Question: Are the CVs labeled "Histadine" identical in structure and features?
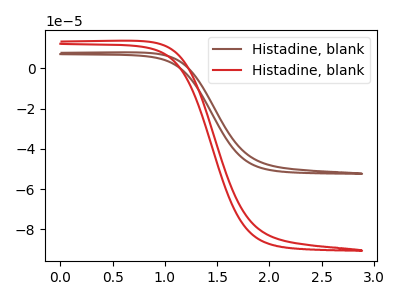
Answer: <think>The brown curve "Histadine, blank1" has no peaks. The red curve "Histadine, blank2" has no peaks.
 Neither "Histadine, blank1" or "Histadine, blank2" have any peaks.</think>
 <answer>All the CV's of "Histadine" have similar shape.</answer>
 <eval>follow_rule</eval>